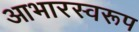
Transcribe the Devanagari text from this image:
आभारस्वरूप